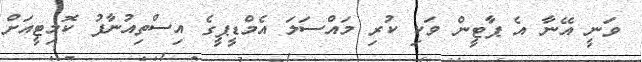
ވަނީ އޭނާ އެ ޕާޓީން ވަކި ކުރި މައްސަލަ އެމްޑީޕީގެ އިސްތިއުނާފު ކޮމިޓީއަށް